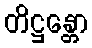
တိဋ္ဌန္တော